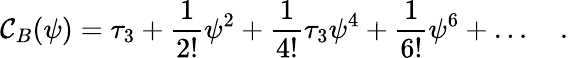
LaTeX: \mathcal{C}_{B}(\psi)=\tau_{3}+{\frac{{1}}{{2!}}}\psi^{2}+{\frac{{1}}{{4!}}}\tau_{3}\psi^{4}+{\frac{{1}}{{6!}}}\psi^{6}+\ldots\quad.